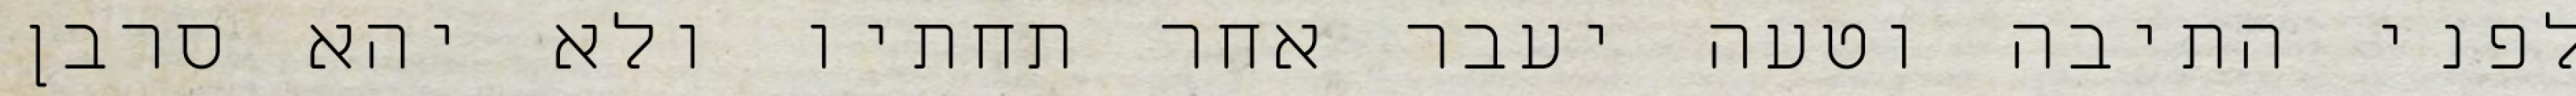
לפני התיבה וטעה יעבר אחר תחתיו ולא יהא סרבן